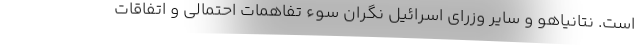
است. نتانیاهو و سایر وزرای اسرائیل نگران سوء تفاهمات احتمالی و اتفاقات